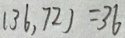
( 3 6 , 7 2 ) = 3 6